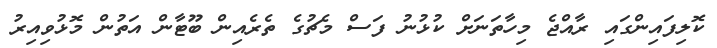
ކޮލިފައިންގައި ރާއްޖެ މިހާތަނަށް ކުޅުނު ފަސް މެޗުގެ ތެރެއިން ބޫޓާން އަތުން މޮޅުވިއިރު